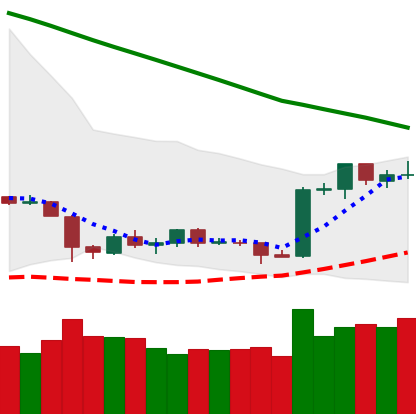
Ticker: ETH-USD
Chart end date: 2019-02-13
Forward return: 19.212%
Label: up_7plus